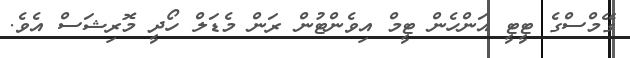
ގޭމްސްގެ ޓީޓީ އަންހެން ޓީމް އިވެންޓުން ރަން މެޑަލް ހޯދީ މޮރިޝަސް އެވެ.